Vaccination in Burma 1920-1933 - 1920-1933
Year: 1920
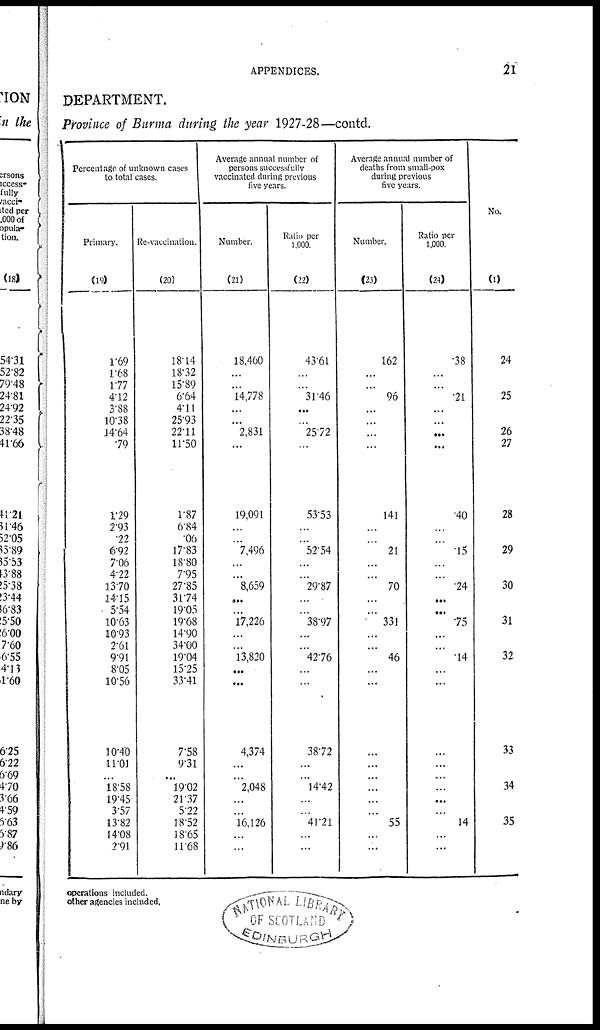
APPENDICES.
21
DEPARTMENT.
Province of Burma during the year 1927-28—contd.
Percentage of unknown cases
to total cases.
Primary.
(19)
1.69
1.68
1.77
4.12
3.88
10.38
14.64
.79
1.29
2.93
.22
6.92
7.06
4.22
13.70
14.15
5.54
10.63
10.93
2.61
9.91
8.05
10.56
10.40
11.01
...
18.58
19.45
3.57
13.82
14.08
2.91
Re-vaccination.
(20)
18.14
18.32
15.89
6.64
4.11
25.93
22.11
11.50
1.87
6.84
.06
17.83
18.80
7.95
27.85
31.74
19.05
19.68
14.90
34.00
19.04
15.25
33.41
7.58
9.31
...
19.02
21.37
5.22
18.52
18.65
11.68
Average annual number of
persons successfully
vaccinated during previous
five years.
Number.
(21)
18,460
...
...
14,778
...
...
2,831
...
19,091
...
...
7,496
...
...
8,659
...
...
17,226
...
...
13,820
...
...
4,374
...
...
2,048
...
...
16,126
...
...
Ratio per
1,000.
(22)
43.61
...
...
31.46
...
...
25.72
...
53.53
...
...
52.54
...
...
29.87
...
...
38.97
...
...
42.76
...
...
38.72
...
...
14.42
...
...
41.21
...
...
Average annual number of
deaths from small-pox
during previous
five years.
Number.
(23)
162
...
...
96
...
...
...
...
141
...
...
21
...
...
70
...
...
331
...
...
46
...
...
...
...
...
...
...
...
55
...
...
Ratio per
1,000.
(24)
.38
...
...
.21
...
...
...
...
.40
...
...
.15
...
...
.24
...
...
.75
...
...
.14
...
...
...
...
...
...
...
...
14
...
...
No.
(1)
24
25
26
27
28
29
30
31
32
33
34
35
operations included.
other agencies included.